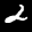
Label: 2